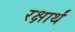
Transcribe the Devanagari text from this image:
रक्षार्थं